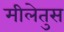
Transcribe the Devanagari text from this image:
मीलेतुस